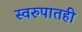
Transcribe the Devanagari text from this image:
स्वरुपातही